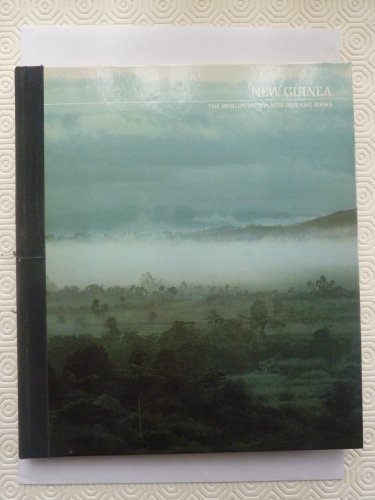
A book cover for New Guinea (The World's wild places); Roy D Mackay; Travel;